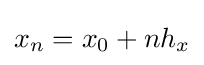
x_{n}=x_{0}+nh_{x}